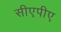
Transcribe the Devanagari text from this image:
सीएपीए